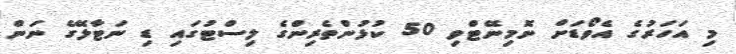
މި އަހަރުގެ އެވޯޑަށް ނޮމިނޭޓްވި 50 ކުޅުންތެރިންގެ ލިސްޓުގައި ޑި ނަޓާލޭގެ ނަން